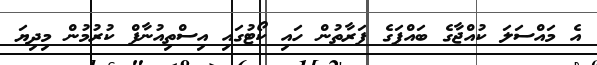
އެ މައްސަލަ ކުއްޖާގެ ބައްޕަގެ ފަރާތުން ހައި ކޯޓުގައި އިސްތިއުނާފް ކުރުމުން މިދިޔަ